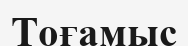
Тоғамыс